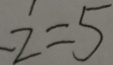
z = 5